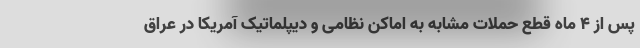
پس از 4 ماه قطع حملات مشابه به اماکن نظامی و دیپلماتیک آمریکا در عراق